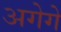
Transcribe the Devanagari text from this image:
अगेगे